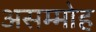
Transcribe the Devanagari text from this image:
असम्मोह